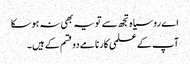
اے روسیاہ تجھ سے تو یہ بھی نہ ہوسکا
آپ کے علمی کارنامے دو قسم کے ہیں۔